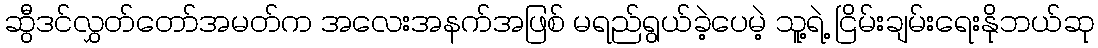
ဆွီဒင်လွှတ်တော်အမတ်က အလေးအနက်အဖြစ် မရည်ရွယ်ခဲ့ပေမဲ့ သူ့ရဲ့ ငြိမ်းချမ်းရေးနိုဘယ်ဆု